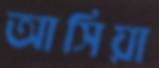
আসিয়া